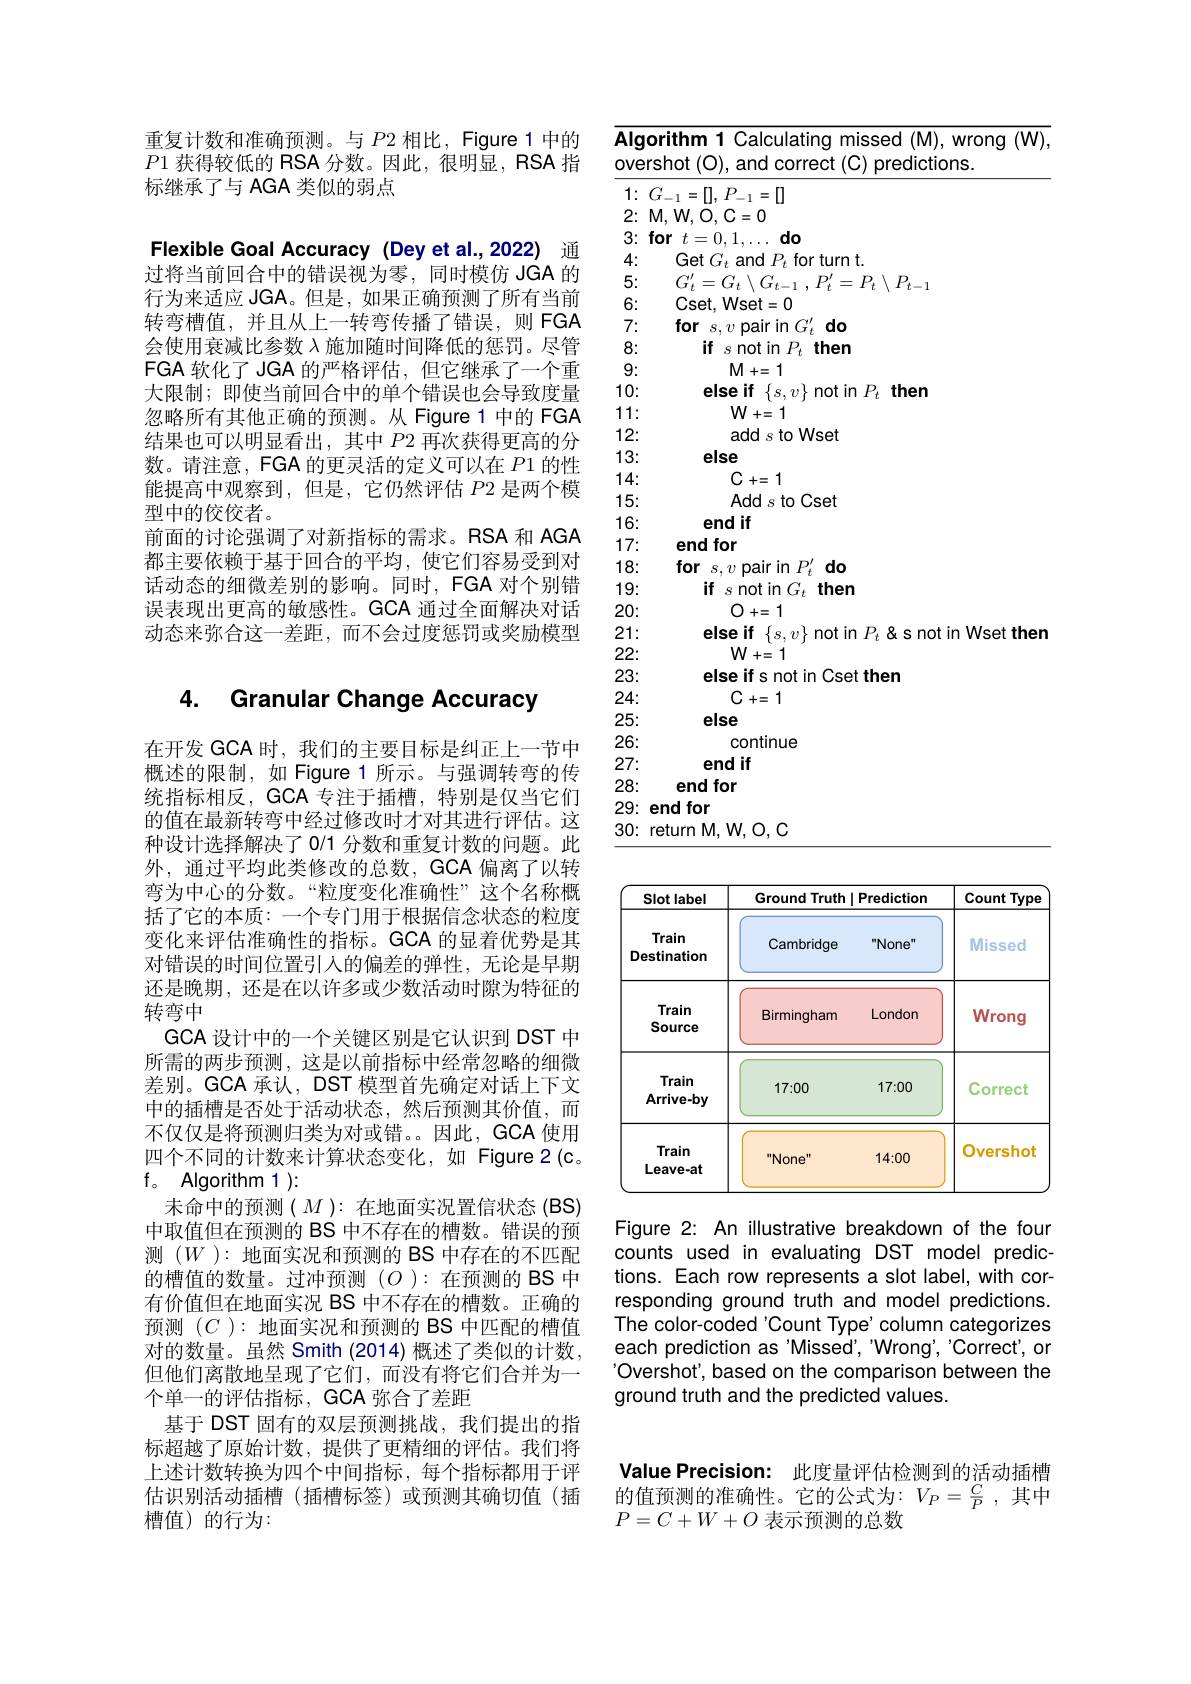
重复计数和准确预测。与$P2$相比，Figure 1 中的$\overline{P1}$获得较低的 RSA 分数。因此，很明显，RSA 指标继承了与 AGA 类似的弱点

Flexible Goal Accuracy (Dey et al.,2022) 通过将当前回合中的错误视为零，同时模仿 JGA 的行为来适应 JGA。但是，如果正确预测了所有当前转弯槽值，并且从上一转弯传播了错误，则 FGA 会使用衰减比参数$\lambda$施加随时间降低的惩罚。尽管FGA 软化了 JGA 的严格评估，但它继承了一个重大限制；即使当前回合中的单个错误也会导致度量忽略所有其他正确的预测。从 Figure 1 中的 FGA 结果也可以明显看出，其中$P$2 再次获得更高的分数。请注意，FGA 的更灵活的定义可以在$P1$的性能提高中观察到，但是，它仍然评估$P$2 是两个模型中的佼佼者。
前面的讨论强调了对新指标的需求。RSA 和 AGA 都主要依赖于基于回合的平均，使它们容易受到对话动态的细微差别的影响。同时，FGA 对个别错误表现出更高的敏感性。GCA 通过全面解决对话动态来弥合这一差距，而不会过度惩罚或奖励模型

# 4. Granular Change Accuracy

在开发 GCA 时，我们的主要目标是纠正上一节中概述的限制，如 Figure 1 所示。与强调转弯的传统指标相反，GCA 专注于插槽，特别是仅当它们的值在最新转弯中经过修改时才对其进行评估。这种设计选择解决了 0/1 分数和重复计数的问题。此外，通过平均此类修改的总数，GCA 偏离了以转弯为中心的分数。“粒度变化准确性”这个名称概括了它的本质：一个专门用于根据信念状态的粒度变化来评估准确性的指标。GCA 的显着优势是其对错误的时间位置引入的偏差的弹性，无论是早期还是晚期，还是在以许多或少数活动时隙为特征的转弯中
GCA 设计中的一个关键区别是它认识到 DST 中所需的两步预测，这是以前指标中经常忽略的细微差别。GCA 承认，DST 模型首先确定对话上下文中的插槽是否处于活动状态，然后预测其价值，而不仅仅是将预测归类为对或错。因此，GCA 使用四个不同的计数来计算状态变化，如 Figure 2(c。$\textbf{f。}$ Algorithm 1 ):
未命中的预测( $M$ ): 在地面实况置信状态 (BS) 中取值但在预测的 BS 中不存在的槽数。错误的预测$(W):$地面实况和预测的 BS 中存在的不匹配的槽值的数量。过冲预测($O$ ):在预测的 BS 中有价值但在地面实况 BS 中不存在的槽数。正确的预测$(C):$地面实况和预测的 BS 中匹配的槽值对的数量。虽然 Smith (2014) 概述了类似的计数， 但他们离散地呈现了它们，而没有将它们合并为一个单一的评估指标，GCA 弥合了差距
基于 DST 固有的双层预测挑战，我们提出的指标超越了原始计数，提供了更精细的评估。我们将上述计数转换为四个中间指标，每个指标都用于评估识别活动插槽(插槽标签)或预测其确切值(插槽值)的行为：

$\overline{\text{Algorithm 1 Calculating missed (M),wrong (W),}}$
overshot (O), and correct (C) predictions.

$1\nobreak {: } $ $G_{- 1}= [ ] $, $P_{- 1}= [ ]$ $2:M,W,O,C=0$ $3\colon$for$t=0,1,\ldots$do
4:
Get $G_{t}$ and $P_{t}$ for turn t.
5:
$G_{t}^{\prime }= G_{t}\setminus G_{t- 1}$ , $P_{t}^{\prime }= P_{t}\setminus P_{t- 1}$
6:
Cset, Wset= 0
7:
for $s,v$ pair in $G_{t}^{\prime}$ do
8:
if $s$ not in $P_t$ then
9:
$M+=1$
10:
else if $\{s,v\}$not in $P_t$ then
11:
$W+=1$
12:
add $s$ to Wset
13:
else
$C+=1$
14: 15:
Add s to Cset
16:
end if
17:
end for
18:
for $s,v$ pair in $P_t^{\prime}$ do
19:
if $s$ not in $G_t$ then
20:
0+=1
21:
$\begin{array}{c}{\mathrm{else~if~}\{s,v\}\text{not in}P_{t}\text{ < s not in Wset then}}\\{\mathrm{W+=1}}\end{array}$
222: 23:
else if s not in Cset then
24:
$C+=1$
25:
else
continue
26: 27:
end if
28:
end for
29: end for
30: return M, W, O, C

<table>
	<tbody>
		<tr>
			<th rowspan="2">Slot label Train Destination</th>
			<th colspan="2">Ground Truth| Prediction</th>
			<th rowspan="2">Count Type Missed</th>
		</tr>
		<tr>
			<th>Cambridge</th>
			<th>"None"</th>
		</tr>
		<tr>
			<td>Train Source</td>
			<td>Birmingham</td>
			<td>London</td>
			<td>Wrong</td>
		</tr>
		<tr>
			<td>Train Arrive-by</td>
			<td>17:00</td>
			<td>17:00</td>
			<td>Correct</td>
		</tr>
		<tr>
			<td>Train Leave-at</td>
			<td>"None"</td>
			<td>14:00</td>
			<td>Overshot</td>
		</tr>
	</tbody>
</table>

Figure 2: An illustrative breakdown of the four counts used in evaluating DST model predictions. Each row represents a slot label, with corresponding ground truth and model predictions. The color-coded'Count Type' column categorizes each prediction as 'Missed', "Wrong', 'Correct', or 'Overshot', based on the comparison between the ground truth and the predicted values.

Value Precision: 此度量评估检测到的活动插槽的值预测的准确性。它的公式为：$V_P=\frac CP$,其中

$P=C+W+O$表示预测的总数